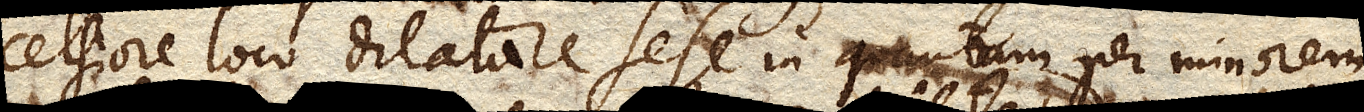
celsiore loco dilatare sese in quantam per minorem